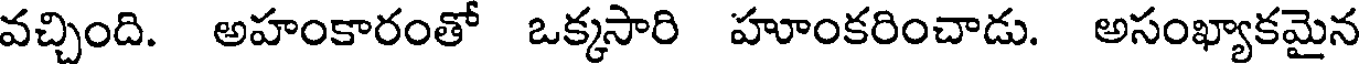
వచ్చింది. అహంకారంతో ఒక్కసారి హూంకరించాడు. అసంఖ్యాకమైన